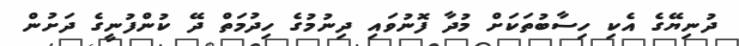
ދުނިޔޭގެ އެކި ހިސާބުތަކަށް މުދާ ފޮނުވައި ދިނުމުގެ ހިދުމަތް ދޭ ކުންފުނީީގެ ދަށުން